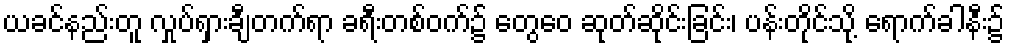
ယခင်နည်းတူ လှုပ်ရှားချီတက်ရာ ခရီးတစ်ဝက်၌ တွေဝေ ဆုတ်ဆိုင်းခြင်း၊ ပန်းတိုင်သို့ ရောက်ခါနီး၌